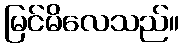
မြင်မိလေသည်။